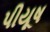
પીયૂષ